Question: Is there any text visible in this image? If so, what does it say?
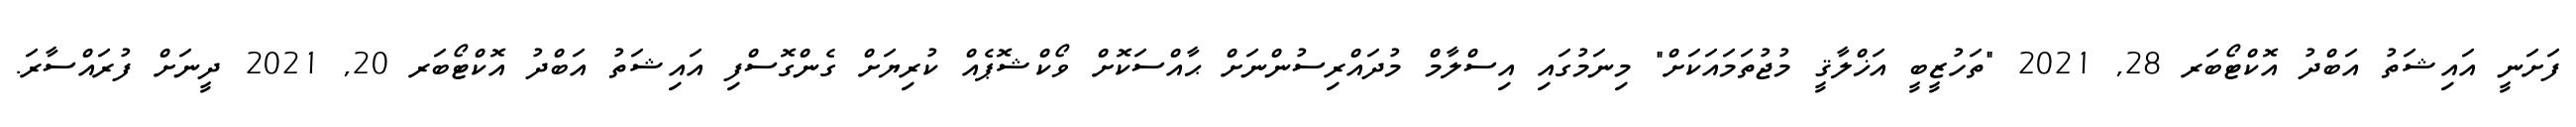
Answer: ފަށަނީ އައިޝަތު އަބްދު އޮކްޓޯބަރ 28, 2021 "ތަހުޒީބީ އަޚްލާޤީ މުޖުތަމައަކަށް" މިނަމުގައި އިސްލާމް މުދައްރިސުންނަށް ޙާއްސަކޮށް ވޯކްޝޮޕެއް ކުރިޔަށް ގެންގޮސްފި އައިޝަތު އަބްދު އޮކްޓޯބަރ 20, 2021 ދީނަށް ފުރައްސާރަ.